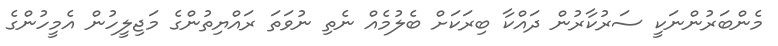
މެންބަރުންނަކީ ސަރުކާރުން ދައްކާ ބިރަކަށް ބެލުމެއް ނެތި ނުވަތަ ރައްޔިތުންގެ މަޖިލީހުން އެމީހުންގެ